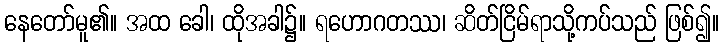
နေတော်မူ၏။ အထ ခေါ၊ ထိုအခါ၌။ ရဟောဂတဿ၊ ဆိတ်ငြိမ်ရာသို့ကပ်သည် ဖြစ်၍။